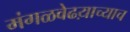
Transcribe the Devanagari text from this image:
मंगळवेढय़ाच्याच